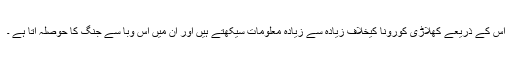
اس کے ذریعے کھلاڑی کورونا کیخلاف زیادہ سے زیادہ معلومات سیکھتے ہیں اور ان میں اس وبا سے جنگ کا حوصلہ آتا ہے ۔